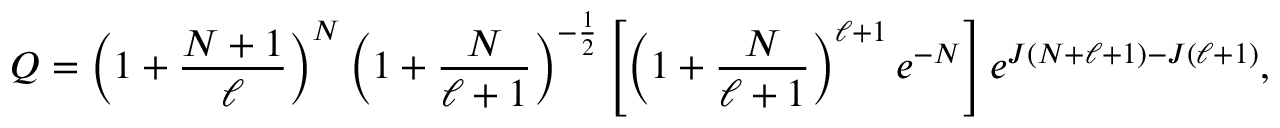
Q = \left( 1 + \frac { N + 1 } { \ell } \right) ^ { N } \left( 1 + \frac { N } { \ell + 1 } \right) ^ { - \frac { 1 } { 2 } } \left[ \left( 1 + \frac { N } { \ell + 1 } \right) ^ { \ell + 1 } e ^ { - N } \right] e ^ { J ( N + \ell + 1 ) - J ( \ell + 1 ) } ,